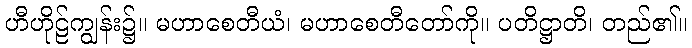
ဟီဟိုဠ်ကျွန်း၌။ မဟာစေတီယံ၊ မဟာစေတီတော်ကို။ ပတိဋ္ဌာတိ၊ တည်၏။